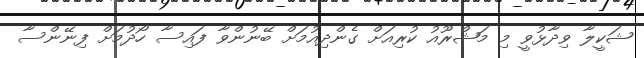
ޝަކީލާ ވިދާޅުވީ މި މަޝްރޫއު ކުރިއަށް ގެންދިއުމަށް ބޭނުންވާ ފައިސާ ހޯދުމަށް ފިނޭންސާ